Document type: Sale
Year: 1440
Scribe: Pere Pau Pujades
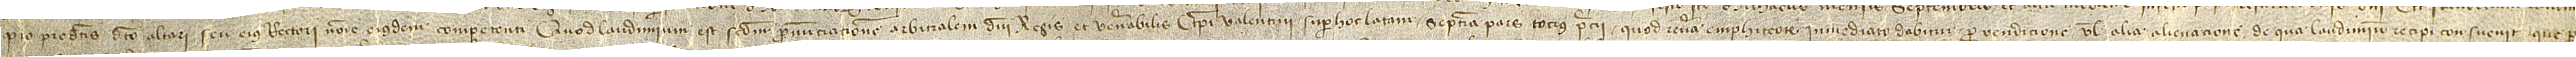
pro predictis dicto altari seu eius rectori nomine eiusdem competenti. Quod laudimium est secundum pronunciacionem arbitralem domini regis et venerabilis episcopi Valentini super hoc latam septima pars tocius precii quod revera emphiteorum inmediato dabitur pro vendicione vel alia alienacione, de qua laudimio recipi consuevit que per